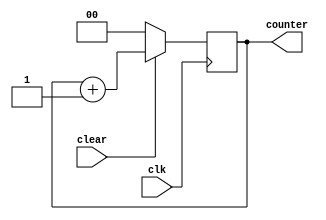
module counter_2bits	(	input				clk		,
							input				clear	,
							output reg	[1:0]	counter
						);
always @ (posedge clk)
begin
	if (!clear)
		counter	<=	2'b0	;
	else
		counter	<=	counter + 1'b1	;
end
endmodule